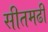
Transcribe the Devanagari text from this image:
सीतमढी